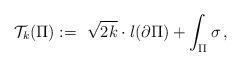
LaTeX: \begin{align*}\mathcal T_k(\Pi) := \ \sqrt{2k}\cdot l(\partial \Pi) + \int_\Pi \sigma\,,\end{align*}